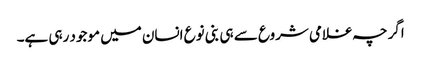
اگرچہ غلامی شروع سے ہی بنی نوع انسان میں موجود رہی ہے۔